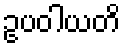
ဥပဝါယတိ